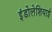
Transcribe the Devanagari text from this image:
इंडोलेशियाई